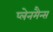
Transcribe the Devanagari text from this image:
प्लेनमैन्स